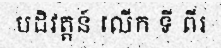
បដិវត្តន៍ លើក ទី ពីរ